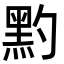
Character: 䵠